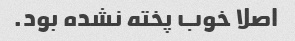
اصلا خوب پخته نشده بود.